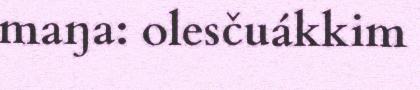
maŋa: olesčuákkim